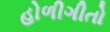
હોળીગીતો